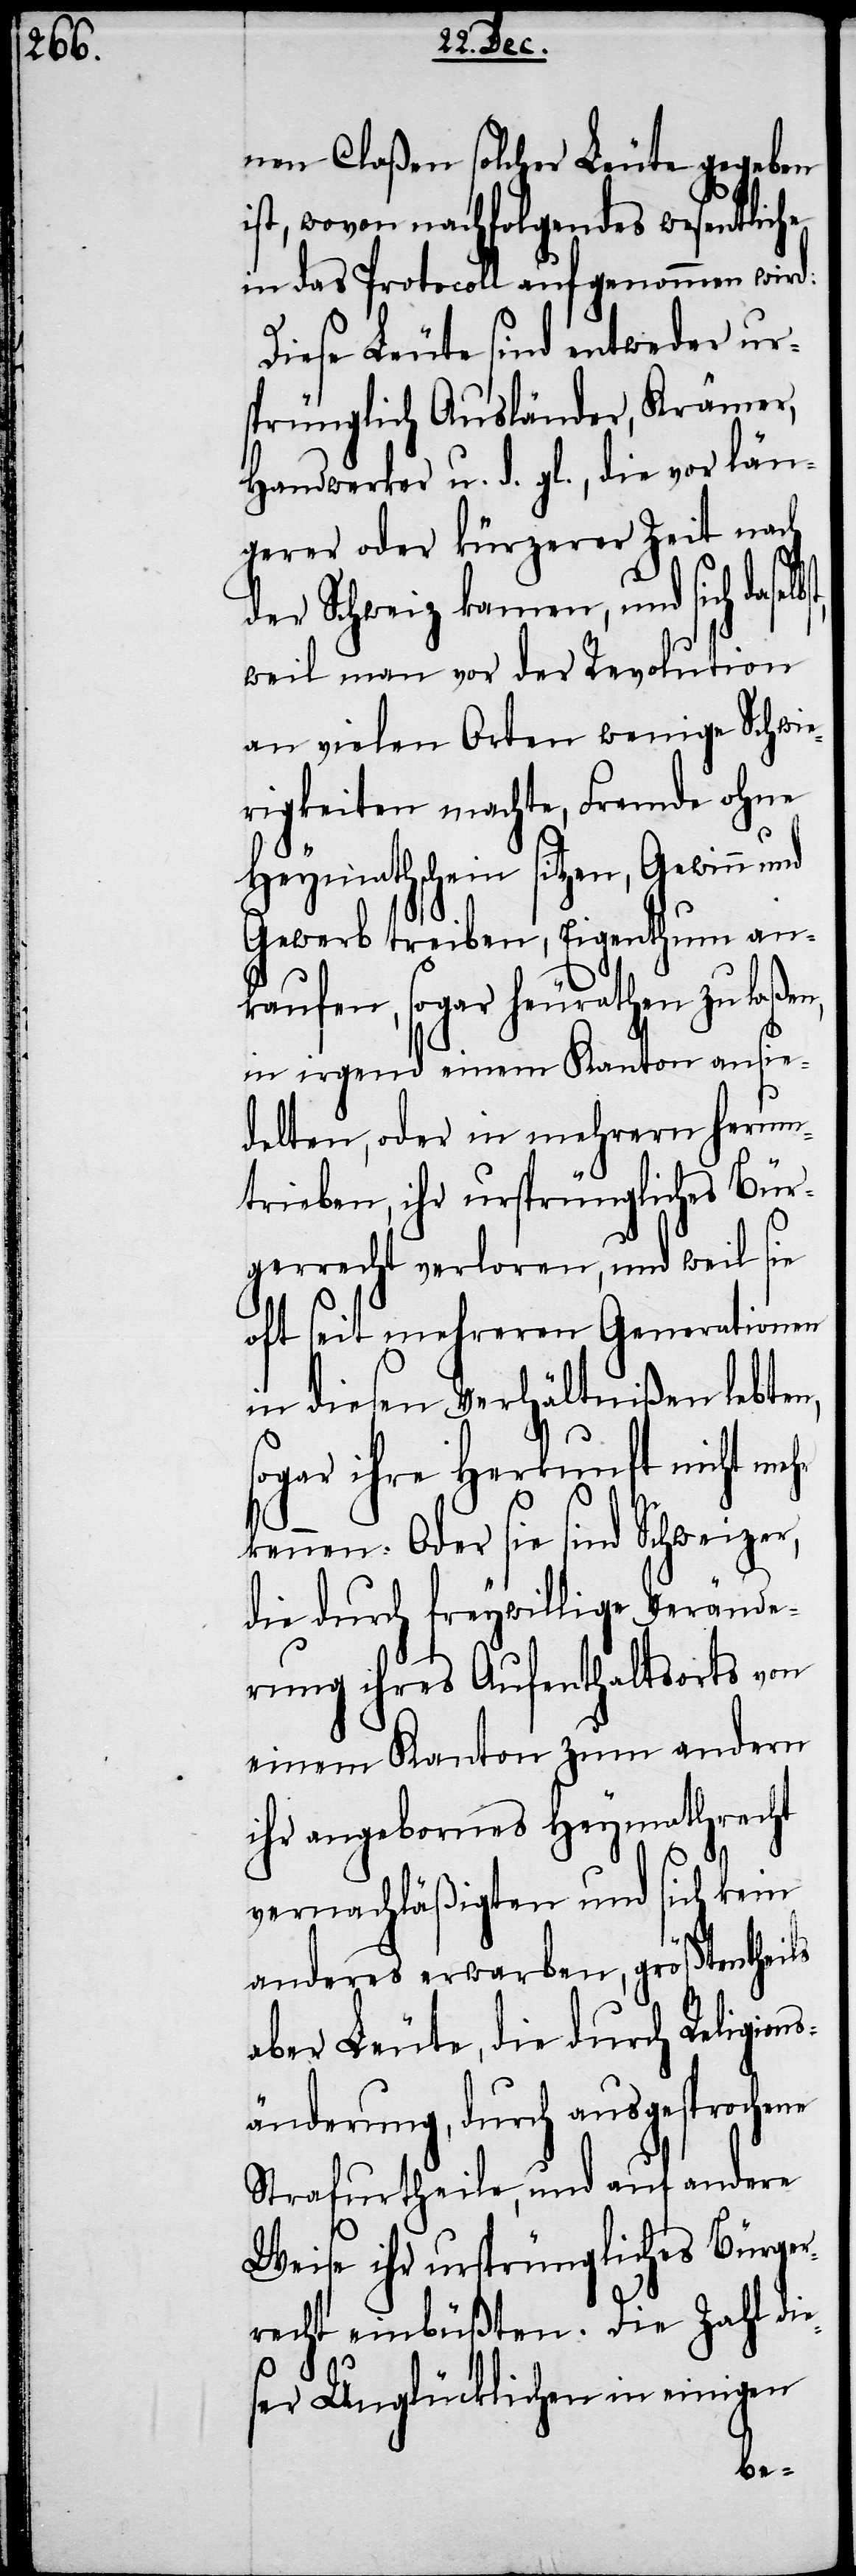
nen Claßen solcher Leute gegeben
st, wovon nachfolgendes wesentlic¬
in das Protocoll aufgenommen wird:
Diese Leute sind entweder ur¬
sprünglich Ausländer, Krämer,
Handwerker u. d. gl., die vor län¬
gerer oder kürzerer Zeit nach
der Schweiz kamen, und sich dase¬
weil man vor der Revolution
an vielen Orten wenige Schwie¬
rigkeiten machte, Fremde ohne
Heymathschein sitzen, Gewinn und
Gewerb treiben, Eigenthum an¬
kaufen, sogar heurathen zu laßen,
in irgend einem Kanton ansie¬
delten, oder in mehrern herum¬
trieben, ihr ursprüngliches Bür¬
gerrecht verloren, und weil sie
oft seit mehrern Generationen
in diesen Verhältnißen lebten,
sogar ihre Herkunft nicht me¬
kennen. Oder sie sind Schweizer,
die durch freywillige Verände¬
rung ihres Aufenthaltsorts von
einem Kanton zum andern
ihr angebornes Heymathrecht
hr
vernachläßigen und sich kein
anderes erwarben, größtentheils
aber Leute, die durch Religion¬
sänderung, durch ausgesprochene
Strafurtheile, und auf andere
Weise ihr ursprüngliches Bürger¬
recht einbüßten. Die Zahl die¬
ser Unglücklichen in einigen
lbst,